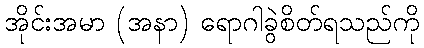
အိုင်းအမာ (အနာ) ရောဂါခွဲစိတ်ရသည်ကို